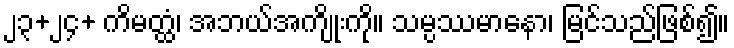
၂၃+၂၄+ ကိမတ္ထံ၊ အဘယ်အကျိုးကို။ သမ္ပဿမာနော၊ မြင်သည်ဖြစ်၍။